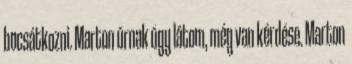
bocsátkozni. Marton úrnak úgy látom, még van kérdése. Marton